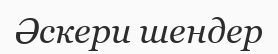
Әскери шендер